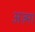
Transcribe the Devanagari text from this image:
अज़्मा